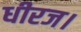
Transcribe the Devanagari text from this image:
धीरज।